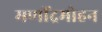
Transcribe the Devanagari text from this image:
मणींद्रमोहन